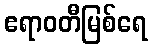
ဧရာဝတီမြစ်ရေ